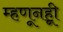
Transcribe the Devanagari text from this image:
म्हणूनहूी